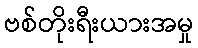
ဗစ်တိုးရီးယားအမှု